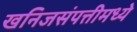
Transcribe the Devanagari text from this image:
खनिजसंपत्तीमध्ये